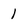
Character: 1